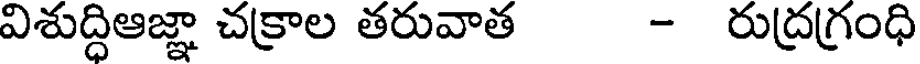
విశుద్ధిఆజ్ఞా చక్రాల తరువాత - రుద్రగ్రంధి